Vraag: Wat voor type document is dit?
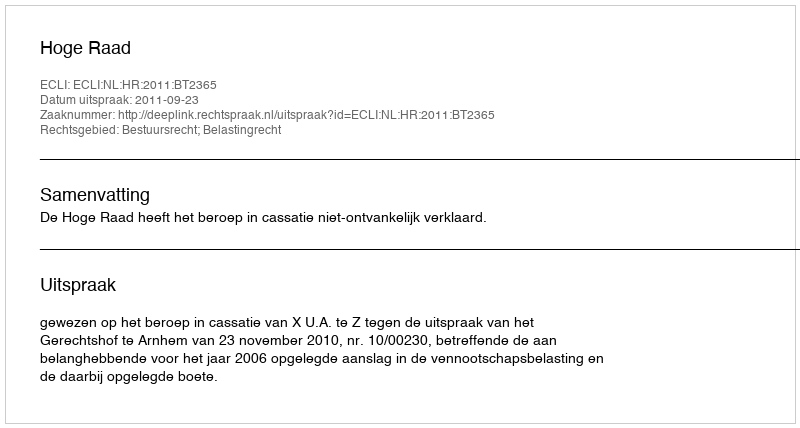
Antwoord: Uitspraak